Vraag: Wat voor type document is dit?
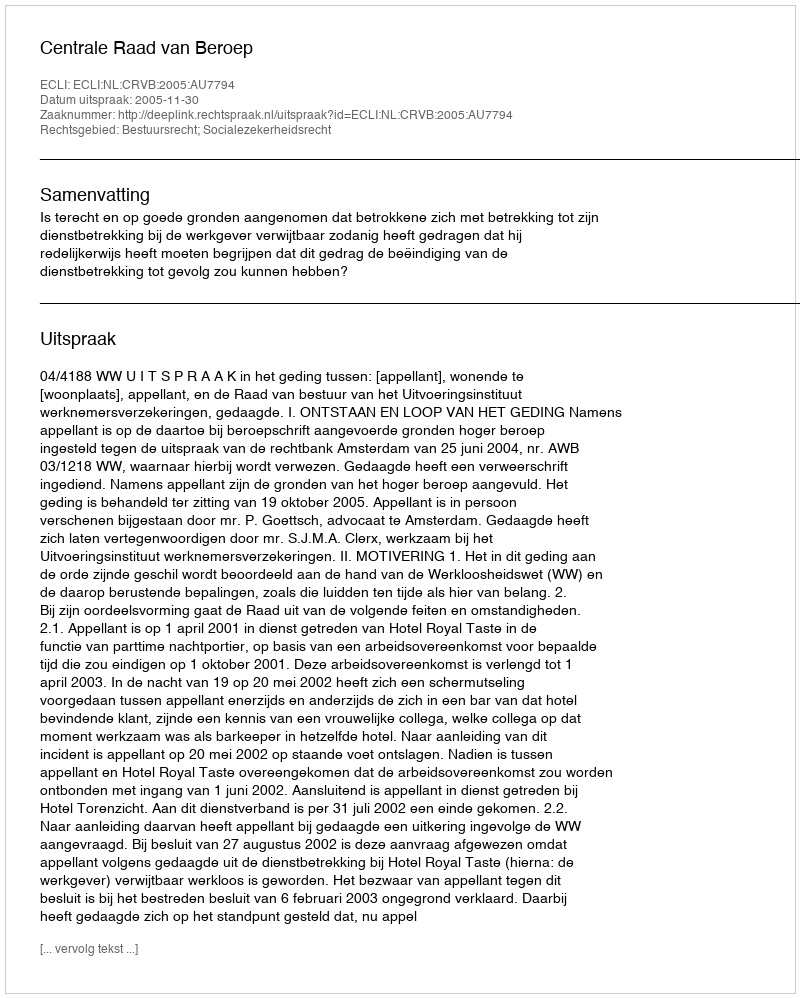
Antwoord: Uitspraak